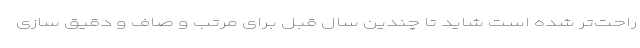
راحت‌تر شده است شاید تا چندین سال قبل برای مرتب و صاف و دقیق سازی